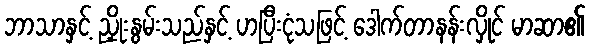
ဘာသာနှင့် ညှိုးနွမ်းသည်နှင့် ဟပြီးငုံသဖြင့် ဒေါက်တာနန်းလှိုင် မာဆာ၏